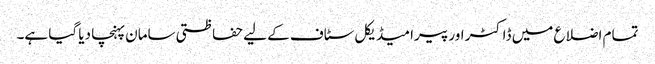
تمام اضلاع میں ڈاکٹر اور پیرا میڈیکل سٹاف کے لیے حفاظتی سامان پہنچا دیا گیا ہے۔